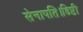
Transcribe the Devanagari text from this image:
सेनापति।डिप्टी